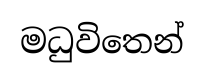
මධුවිතෙන්